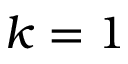
k = 1